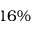
1 6 \%